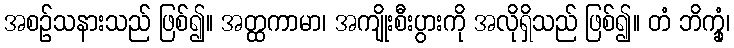
အစဉ်သနားသည် ဖြစ်၍။ အတ္ထကာမာ၊ အကျိုးစီးပွားကို အလိုရှိသည် ဖြစ်၍။ တံ ဘိက္ခုံ၊